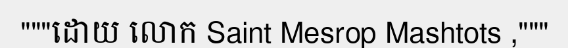
"""ដោយ លោក Saint Mesrop Mashtots ,"""